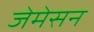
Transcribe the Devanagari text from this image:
जेमेसन